Civil Veterinary Department Bihar reports 1936-40 - 1936-1940
Year: 1936
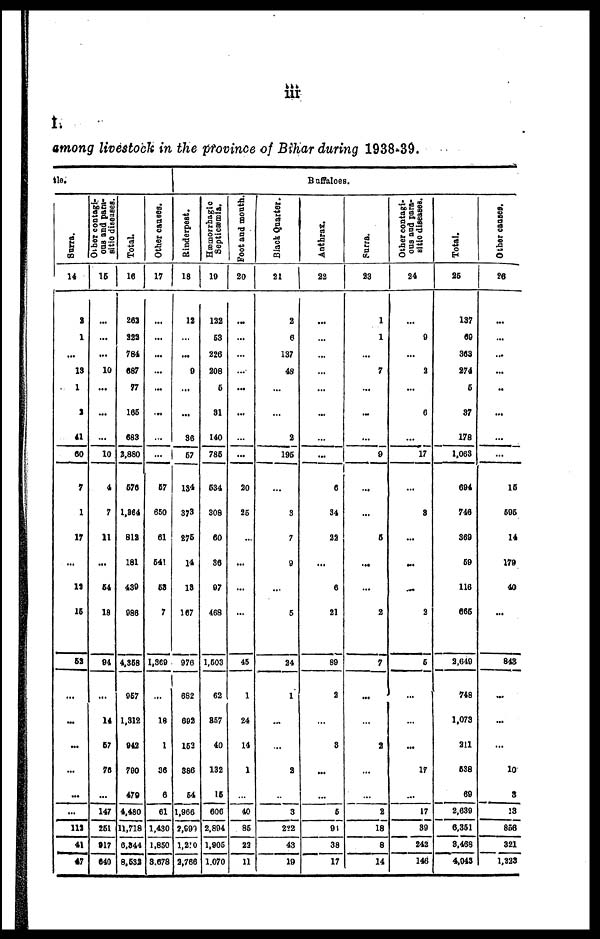
iii
I
among livestock in the province of Bihar during 1938-39.
ble.
Surra.
14
2
1
...
13
1
2
41
60
7
1
17
...
12
15
52
...
...
...
...
...
...
113
41
47
Other contagi-
ons and para-
sitic diseases.
15
...
...
...
10
...
...
...
10
4
7
11
...
54
18
94
...
14
67
76
...
147
251
917
640
Total.
16
263
222
784
087
77
166
683
2,880
576
1,864
812
181
439
986
4,358
957
1,312
942
790
479
4,480
11,718
6,944
8,532
Other causes.
17
...
...
...
...
...
...
...
...
57
650
61
641
58
7
1,369
...
18
1
36
6
61
1,430
1,850
8.678
Rinderpest.
18
12
...
...
9
...
...
36
67
134
373
275
14
13
167
976
682
693
153
386
54
1,966
2,999
1,210
2,766
Hæmorrhagic
Septicæmia.
19
122
63
226
208
6
31
140
786
634
308
60
36
97
468
1,503
62
857
40
132
15
606
2,804
1,905
1.070
Foot and mouth.
20
...
...
...
...
...
...
...
...
20
25
...
...
...
...
45
1
24
14
1
...
40
85
22
11
Black Quarter.
21
2
6
137
48
...
...
2
195
...
3
7
9
...
6
24
1
...
...
2
...
3
222
43
19
Buffaloes.
Anthrax.
22
...
...
...
...
...
...
...
...
6
34
22
...
6
21
89
2
...
3
...
...
6
91
38
17
Surra.
23
1
1
...
7
...
...
...
9
...
...
6
...
...
2
7
...
...
3
...
...
2
18
8
14
Other contagi-
ous and para-
sitic diseases.
24
...
9
...
2
...
6
...
17
...
8
...
...
...
2
5
...
...
...
17
...
17
39
242
146
Total.
25
137
69
363
274
5
37
178
1,063
694
746
369
59
116
665
2,649
748
1,073
211
538
69
2,639
6,351
3,468
4,043
Other causes.
26
...
...
...
...
..
...
...
...
15
595
14
179
40
...
843
...
...
...
10
3
13
856
321
1,223